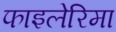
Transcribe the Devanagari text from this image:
फाइलेरिमा